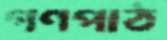
গণপাঠ